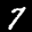
Label: 7